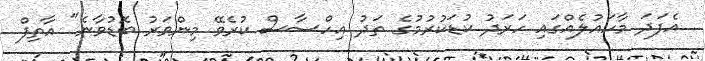
އެފަދަ މާހައުލެއްގައި ހަރަދު ކުޑަކުރުމުގެ ތަދު އިހްސާސް ކުރެވޭ މިންވަރު ބޮޑުވާނެ" އާތިފް